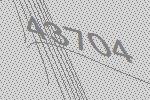
43704